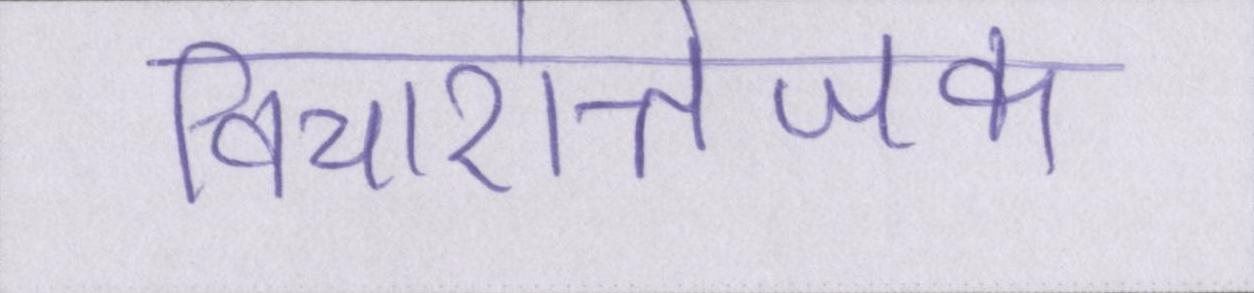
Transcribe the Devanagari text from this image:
विचारोत्तेजक